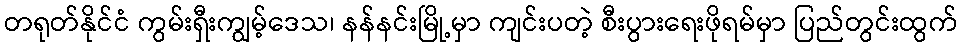
တရုတ်နိုင်ငံ ကွမ်းရှီးကျွမ့်ဒေသ၊ နန်နင်းမြို့မှာ ကျင်းပတဲ့ စီးပွားရေးဖိုရမ်မှာ ပြည်တွင်းထွက်